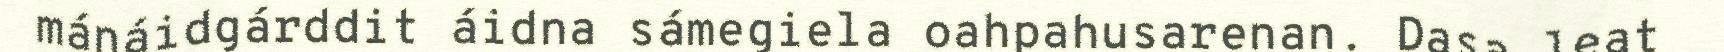
mánáidgárddit áidna sámegiela oahpahusarenan. Dasa leat